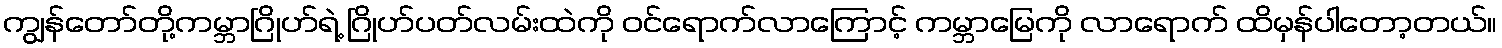
ကျွန်တော်တို့ကမ္ဘာဂြိုဟ်ရဲ့ ဂြိုဟ်ပတ်လမ်းထဲကို ဝင်ရောက်လာကြောင့် ကမ္ဘာမြေကို လာရောက် ထိမှန်ပါတော့တယ်။